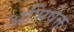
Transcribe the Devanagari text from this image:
अभिषेक्त